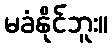
မခံနိုင်ဘူး။